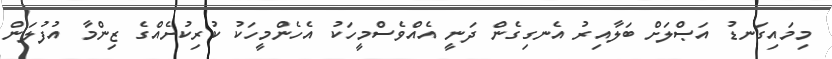
މިމައިގަނޑު އަޞްލަށް ބަލާއިރު އެނގިގެން ދަނީ އެއްވެސްމީހަކު އެހެންމީހަކު ކުރިކުށެއްގެ ޒިންމާ އުފުލަން